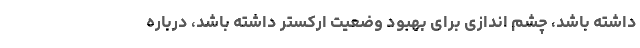
داشته باشد، چشم اندازی برای بهبود وضعیت ارکستر داشته باشد، درباره